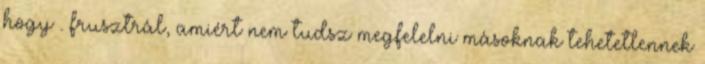
hogy . frusztrál, amiért nem tudsz megfelelni másoknak tehetetlennek